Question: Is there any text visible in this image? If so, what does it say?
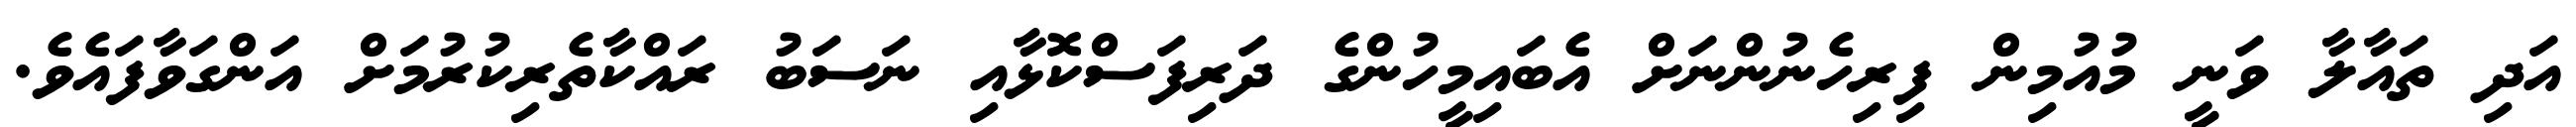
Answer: އަދި ތައާލާ ވަނީ މުއުމިން ފިރިހެނުންނަށް އެބައިމީހުންގެ ދަރިފަސްކޮޅާއި ނަސަބު ރައްކާތެރިކުރުމަށް އަންގަވާފައެވެ.